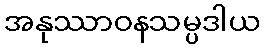
အနုဿာဝနသမ္ပဒါယ